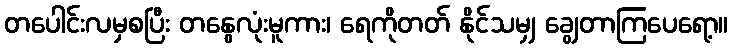
တပေါင်းလမှစပြီး တနွေလုံးမူကား၊ ရေကိုတတ် နိုင်သမျှ ချွေတာကြပေရော့။